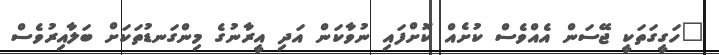
"ހަގީގަތަކީ ޖޭސަން އެއްވެސް ކުށެއް ކޮށްފައި ނުވާކަން އަދި އީރާނުގެ މިންގަނޑުތަކަށް ބަލާއިރުވެސް